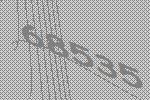
68535